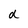
Character: d